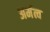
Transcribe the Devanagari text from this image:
अर्मत्व